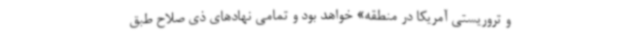
و تروریستی آمریکا در منطقه» خواهد بود و تمامی نهادهای ذی صلاح طبق